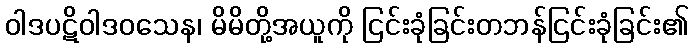
ဝါဒပဋိဝါဒဝသေန၊ မိမိတို့အယူကို ငြင်းခုံခြင်းတဘန်ငြင်းခုံခြင်း၏